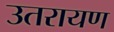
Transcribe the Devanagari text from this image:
उतरायण